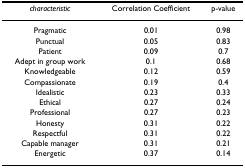
| characteristic | Correlation Coefficient | p-value |
 | --- | --- | --- |
 | Pragmatic | 0.01 | 0.98 |
 | Punctual | 0.05 | 0.83 |
 | Patient | 0.09 | 0.7 |
 | Adept in group work | 0.1 | 0.68 |
 | Knowledgeable | 0.12 | 0.59 |
 | Compassionate | 0.19 | 0.4 |
 | Idealistic | 0.23 | 0.33 |
 | Ethical | 0.27 | 0.24 |
 | Professional | 0.27 | 0.23 |
 | Honesty | 0.31 | 0.22 |
 | Respectful | 0.31 | 0.22 |
 | Capable manager | 0.31 | 0.21 |
 | Energetic | 0.37 | 0.14 |